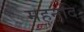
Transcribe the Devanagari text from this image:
महनदि